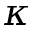
\kappa